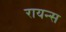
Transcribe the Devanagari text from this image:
रायन्स